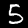
Digit: 5